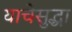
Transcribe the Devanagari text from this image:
याचेसुद्धा